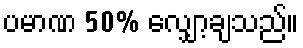
ပမာဏ 50% လျှော့ချသည်။